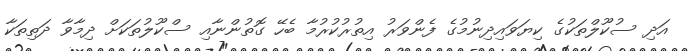
އަދި ސުކޫލްތަކުގެ ކިޔަވައިދިނުމުގެ ފެންވަރު އިތުރުކުރުމާ ބެހޭ ގޮތުންނާއި ސްކޫލުތަކަށް ދިމާވާ ދަތިތަކާ